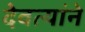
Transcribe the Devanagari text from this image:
देवत्यांने